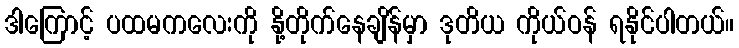
ဒါကြောင့် ပထမကလေးကို နို့တိုက်နေချိန်မှာ ဒုတိယ ကိုယ်ဝန် ရနိုင်ပါတယ်။